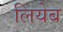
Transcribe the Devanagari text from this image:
लियेब